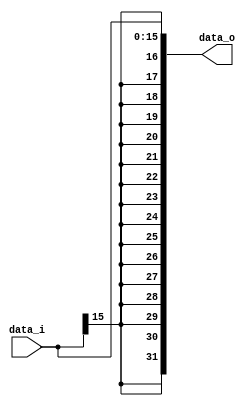
//110550130 BING HUA LIU

//Subject:     CO project 2 - Sign extend
//--------------------------------------------------------------------------------
//Version:     1
//--------------------------------------------------------------------------------
//Writer:      
//----------------------------------------------
//Date:        
//----------------------------------------------
//Description: 
//--------------------------------------------------------------------------------

module Sign_Extend(
    data_i,
    data_o
    );
               
//I/O ports
input   [16-1:0] data_i;
output  [32-1:0] data_o;

//Internal Signals
reg     [32-1:0] data_o;

//Sign extended
always@(*) begin
    data_o <= {{16{data_i[15]}}, data_i[15:0]};
end
          
endmodule